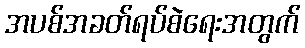
အပစ်အခတ်ရပ်စဲရေးအတွက်